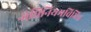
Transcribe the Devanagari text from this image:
अधिनियमविभिन्न